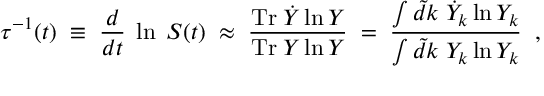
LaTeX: \tau ^ { - 1 } ( t ) \; \equiv \; \frac { d } { d t } \; \ln \; S ( t ) \; \approx \; \frac { \mathrm { T r } \; \dot { Y } \ln Y } { \mathrm { T r } \; Y \ln Y } \; = \; \frac { \int \tilde { d } k \; \dot { Y } _ { k } \ln Y _ { k } } { \int \tilde { d } k \; Y _ { k } \ln Y _ { k } } \; \; ,